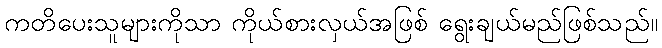
ကတိပေးသူများကိုသာ ကိုယ်စားလှယ်အဖြစ် ရွေးချယ်မည်ဖြစ်သည်။